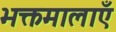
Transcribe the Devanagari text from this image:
भक्तमालाएँ